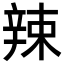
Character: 辣